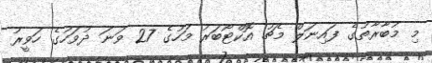
މި މުބާރާތުގެ ފައިނަލް މެޗު އޮކްޓޯބަރު މަހުގެ 27 ވަނަ ދުވަހުގެ ހަވީރު